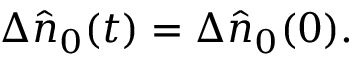
\Delta \hat { n } _ { 0 } ( t ) = \Delta \hat { n } _ { 0 } ( 0 ) .